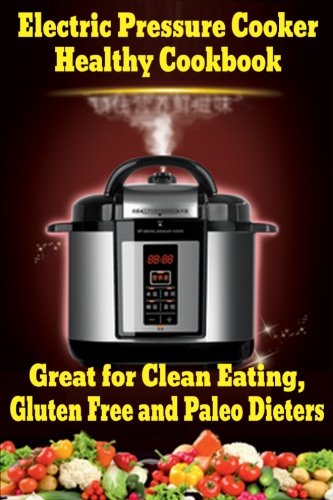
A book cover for Electric Pressure Cooker Healthy Cookbook: Great for Clean Eating, Gluten Free and Paleo Dieters; Larry Haber; Cookbooks, Food & Wine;